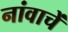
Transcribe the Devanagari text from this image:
नांवाचें